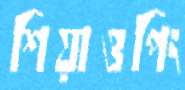
শিয়াওপিং